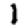
Digit: 1